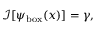
\mathcal { I } [ \psi _ { \mathrm { { b o x } } } ( x ) ] = \gamma ,